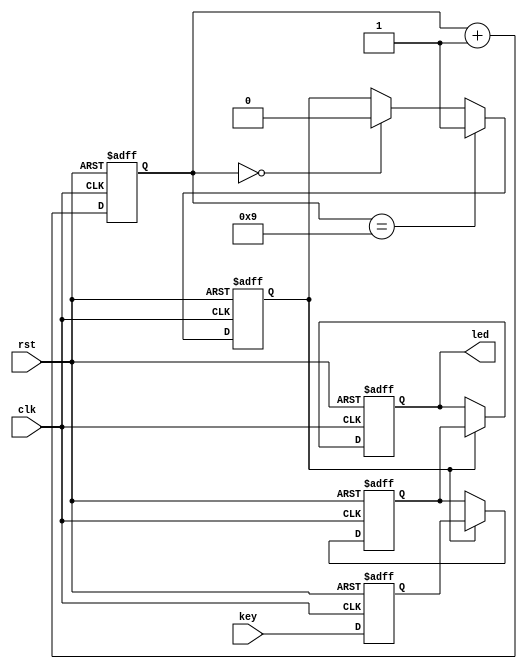
/////////////////////////////////////////////////
//  8  8  LED 
/////////////////////////////////////////////////

module led(
  input              clk,
  input              rst,
  input       [7:0]  key,
  output reg  [7:0]  led
);

// 
parameter CLK_PULSE = 10;

reg  [7:0]  key_reg;
reg  [7:0]  key_reg_out;
reg  [3:0]  count;
reg         flag;

// 
always@(posedge clk or negedge rst) begin
    if(!rst) key_reg <= 0;        // PDS  rst  null 
    else key_reg <= key;
end

// 
always@(posedge clk or negedge rst) begin
    if(!rst) count <= 0;
    else count <= count + 1;
end

// 
always@(posedge clk or negedge rst) begin
    if(!rst) flag <= 0;
    else begin
        if(count == CLK_PULSE-1) begin
            flag <= 1'b1;
        end
        else begin
            if(count == 0) flag <= 1'b0;
            else flag <= flag;
        end
    end
end

// 
always@(posedge clk or negedge rst) begin
  if(!rst)begin
    key_reg_out <= 8'b0;
  end
  else begin
    if(flag == 1'b1) begin
      key_reg_out <= key_reg;
    end
    else key_reg_out <= key_reg_out;
  end
end

//  LED 
always @(posedge clk or negedge rst) begin
    if (!rst) begin
        led <= 8'b0;
    end else begin
        if (flag) begin
            led <= key_reg_out;
        end
    end
end


endmodule